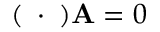
( \mathbf { \partial } \cdot \mathbf { \partial } ) \mathbf { A } = 0